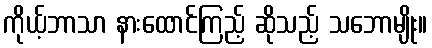
ကိုယ့်ဘာသာ နားထောင်ကြည့် ဆိုသည့် သဘောမျိုး။